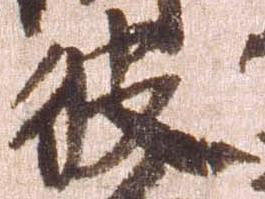
彼